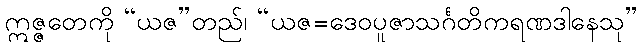
ဣဇ္ဇတေကို “ယဇ”တည်၊ “ယဇ=ဒေဝပူဇာသင်္ဂတိကရဏဒါနေသု”